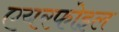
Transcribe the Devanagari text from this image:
एयरफोइल